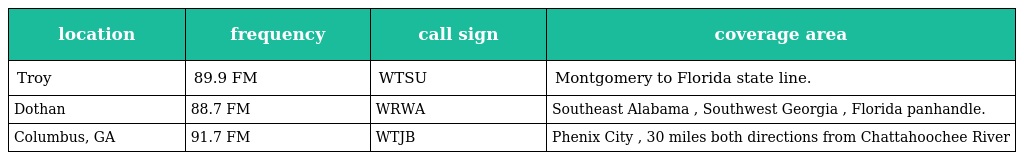
| location | frequency | call sign | coverage area |
 | --- | --- | --- | --- |
 | Troy | 89.9 FM | WTSU | Montgomery to Florida state line. |
 | Dothan | 88.7 FM | WRWA | Southeast Alabama , Southwest Georgia , Florida panhandle. |
 | Columbus, GA | 91.7 FM | WTJB | Phenix City , 30 miles both directions from Chattahoochee River |